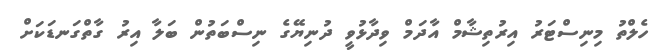
ހެލްތު މިނިސްޓަރު އިރުތިޝާމް އާދަމް ވިދާޅުވީ ދުނިޔޭގެ ނިސްބަތުން ބަލާ އިރު ގާތްގަނޑަކަށް